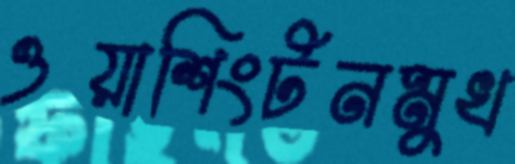
ওয়াশিংটনমুখ